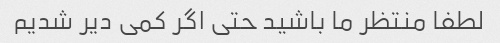
لطفا منتظر ما باشید حتی اگر کمی دیر شدیم